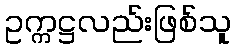
ဥက္ကဋ္ဌလည်းဖြစ်သူ